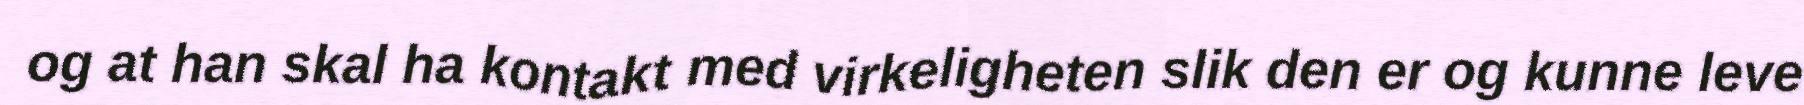
og at han skal ha kontakt med virkeligheten slik den er og kunne leve